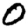
Digit: 0